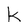
Character: k